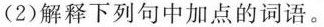
(2)解释下列句中加点的词语。